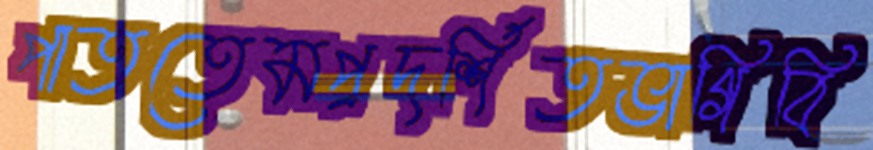
পাততেমপ্রদর্শিতভাগিবি